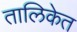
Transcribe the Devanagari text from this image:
तालिकेत